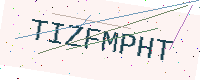
Text: TIZFMPHT